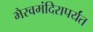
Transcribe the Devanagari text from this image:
भैरवमंदिरापर्यंत